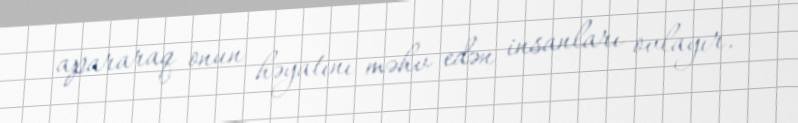
apararaq onun həyatını məhv edən insanları ovlayır.